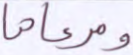
ومرعاها